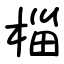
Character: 椔